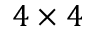
4 \times 4